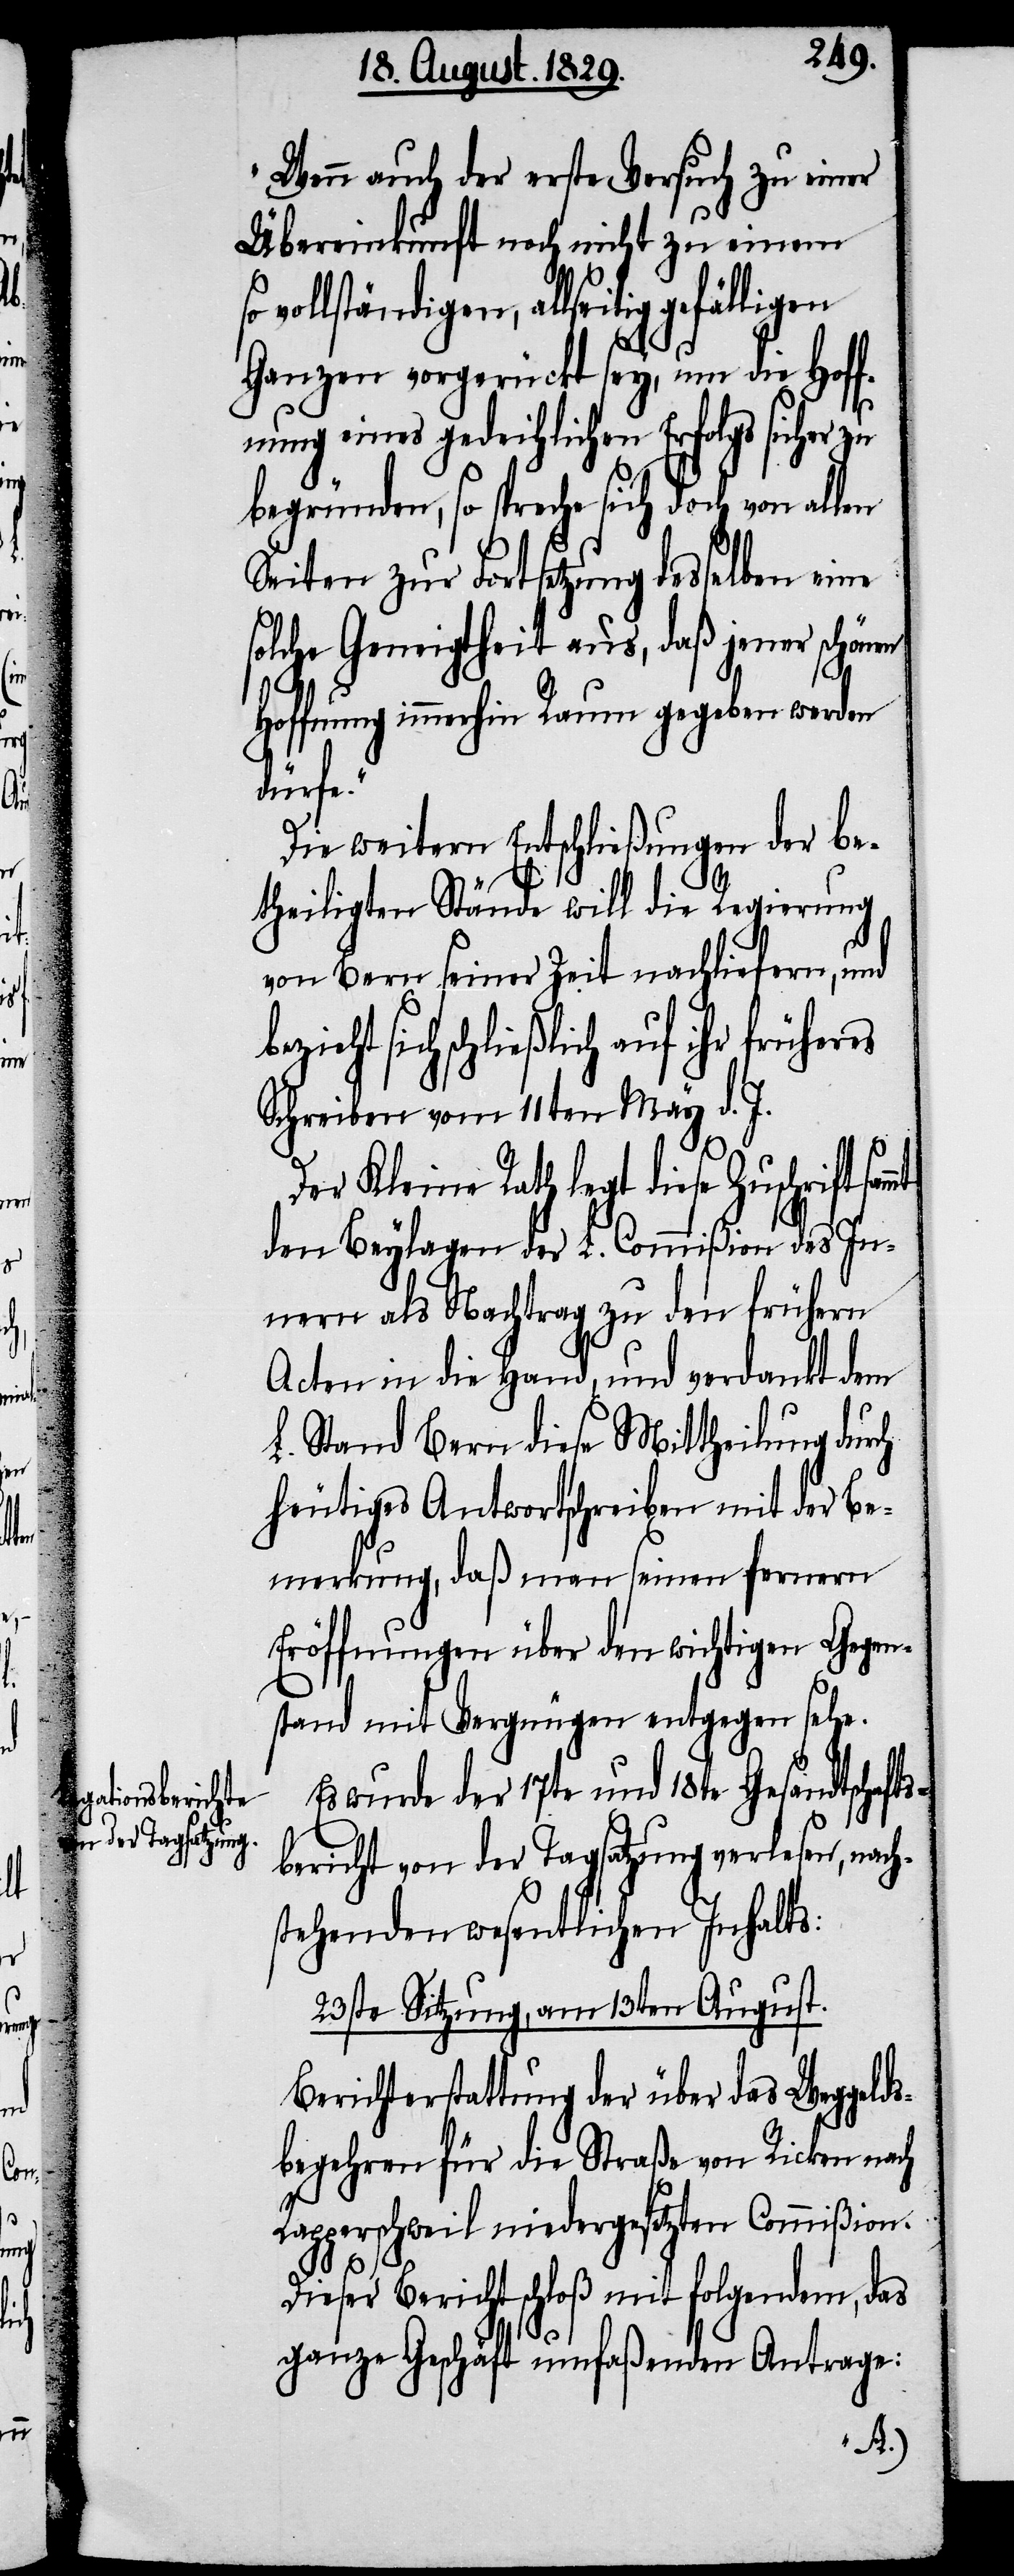
mmt

„Wenn auch der erste Versuch zu einer
Übereinkunft noch nicht zu einem
vollständigen, allseitig
Ganzen vorgerückt sey, um die Hoff¬
nung eines gedeihlichen Erfolgs sicher
begründen, so spreche sich doch von allen
Seiten zur Fortsetzung desselben eine
solche Geneigtheit aus, daß jener schönen
Hoffnung immerhin Raum gegeben werden
dürfe.“
Die weitere Entschließung der be¬
theiligten Stände will die Regierung
von Bern seiner Zeit nachliefern, und
sich schließlich auf ihr früheres
Schreiben vom 11. May d. M.
Der Kleine Rath legt diese Zuschrift sa¬
den Beylagen der L. Commißion des In¬
nern als Nachtrag zu den frühern
Acten in die Hand, und verdankt dem
L. Stand Bern diese Mittheilung durch
heutiges Antwortschreiben mit der Be¬
merkung, daß man seinen fernern
Eröffnungen über den wichtigen Gegen¬
stand mit Vergnügen entgegen sehe.
Es wurde der 17te und 18te Gesandtschafts¬
bericht von der Tagsatzung verlesen, nach¬
stehenden wesentlichen Inhalts:
23ste Sitzung, am 13ten August.
Berichterstattung der über das Weggelds¬
begehren für die Straße von Ricken nach
Rapperschweil niedergesetzten Commißion.
Dieser Bericht schloß mit folgendem, das
ganze Geschäft umfaßenden Antrage: